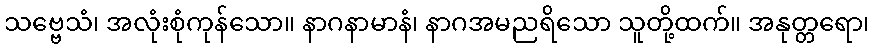
သဗ္ဗေသံ၊ အလုံးစုံကုန်သော။ နာဂနာမာနံ၊ နာဂအမညရိသော သူတို့ထက်။ အနုတ္တရော၊